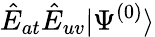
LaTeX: \hat{E}_{at}\hat{E}_{uv}|\Psi^{(0)}\rangle